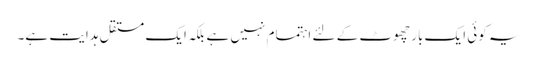
یہ کوئی ایک بار چھوٹ کے لئے اہتمام نہیں ہے بلکہ ایک مستقل ہدایت ہے۔